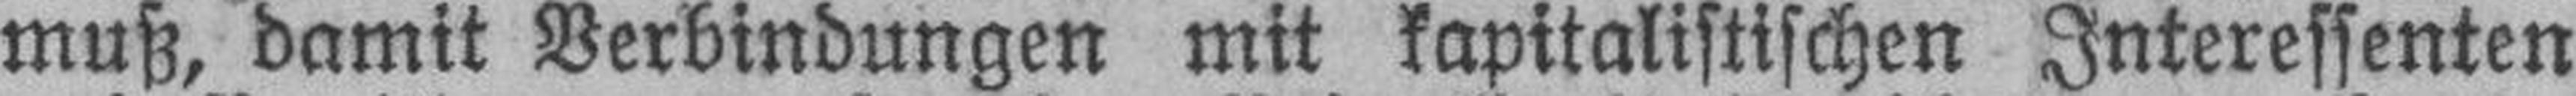
muß, damit Verbindungen mit kapitalistischen Interessenten